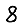
Digit: 8